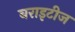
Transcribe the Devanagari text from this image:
बराइटीज